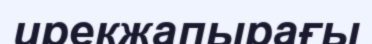
ирекжапырағы